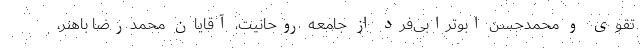
تقوی و محمدحسن ابوترابی‌فرد از جامعه روحانیت، آقایان محمدرضا باهنر،